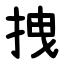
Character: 拽